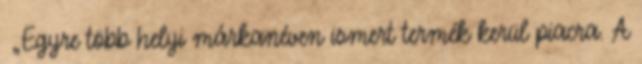
▪„Egyre több helyi márkanéven ismert termék kerül piacra. A